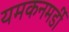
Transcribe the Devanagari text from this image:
यमकनमर्डी